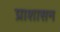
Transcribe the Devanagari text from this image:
प्राशासन